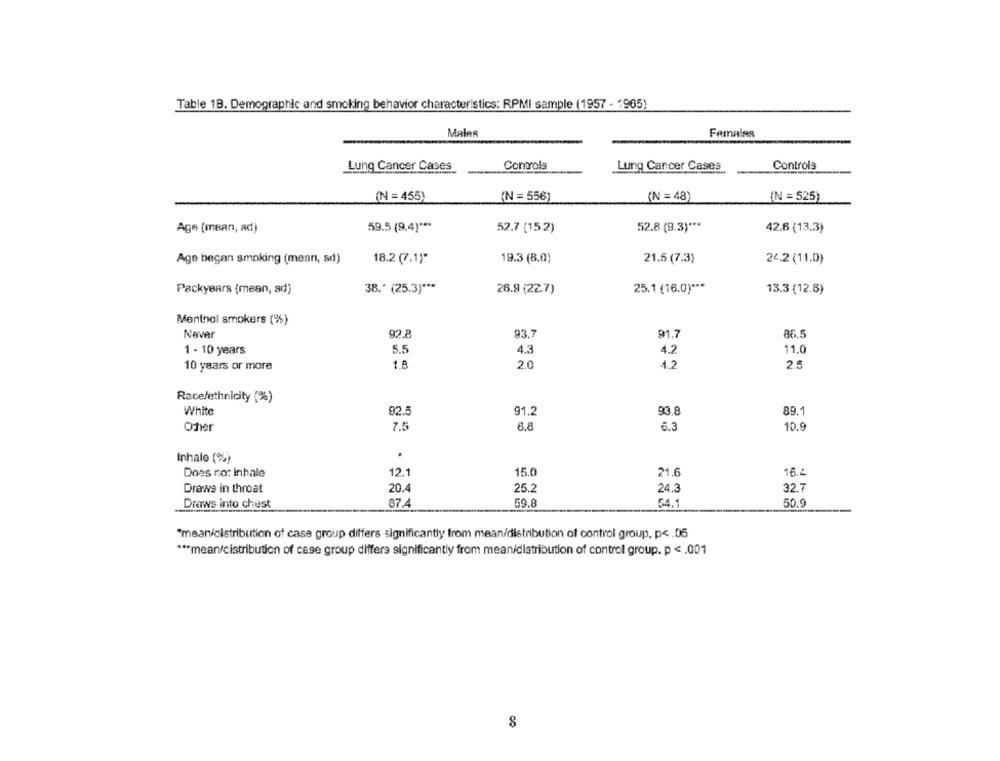
Table 1B. Demographic and smoking behavior characteristics: RPMI sample (1957 - 1965)
MaleR
Females
Lung Cancer Cases
Controls
Lung Cancer Cases
Controls
(N = 455)
(N = 556)
(N = 48)
(N = 525)
Age (mean, sd)
59.5 (9.4) ***
52.7 (15.2)
52.8 (9.3) ***
42.6 (13.3)
19.3 (8.0)
Age began smoking (mean, sd)
18.2 (7.1)"
21.5 (7.3)
26.2 (11.0)
38 .* (25.3) ***
25.1 (16.0) ***
Packyears (mean, ad)
26.9 (22.7)
13.3 (12.6)
Menthol smokers (%)
Never
92.8
93.7
91.7
86.5
1 - 10 years
5.5
4.3
4.2
11.0
10 years or more
1.8
2.0
4.2
2.5
Race/ethnicity (%)
White
92.5
91.2
93.8
89.1
7.5
6.3
10.9
Other
6.8
.
Inhalo (%)
12.1
15.0
21.6
16.4
Does no: Inhale
20.4
25.2
24.3
32.7
Draws in throat
59.8
54.1
50.9
Draws into chest
87.4
"mean/distribution of case group differs significantly from mean/distribution of control group, p< . 06
*** mean/cistribution of case group differs significantly from meanidistribution of control group. p < . 001